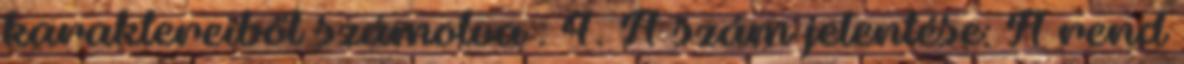
karaktereiből számolva : 4. A szám jelentése: A rend